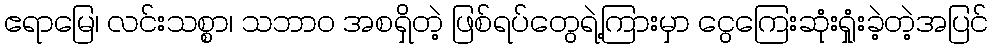
ဧရာမြေ၊ လင်းသစ္စာ၊ သဘာဝ အစရှိတဲ့ ဖြစ်ရပ်တွေရဲ့ကြားမှာ ငွေကြေးဆုံးရှုံးခဲ့တဲ့အပြင်